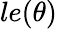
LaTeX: le(\theta)